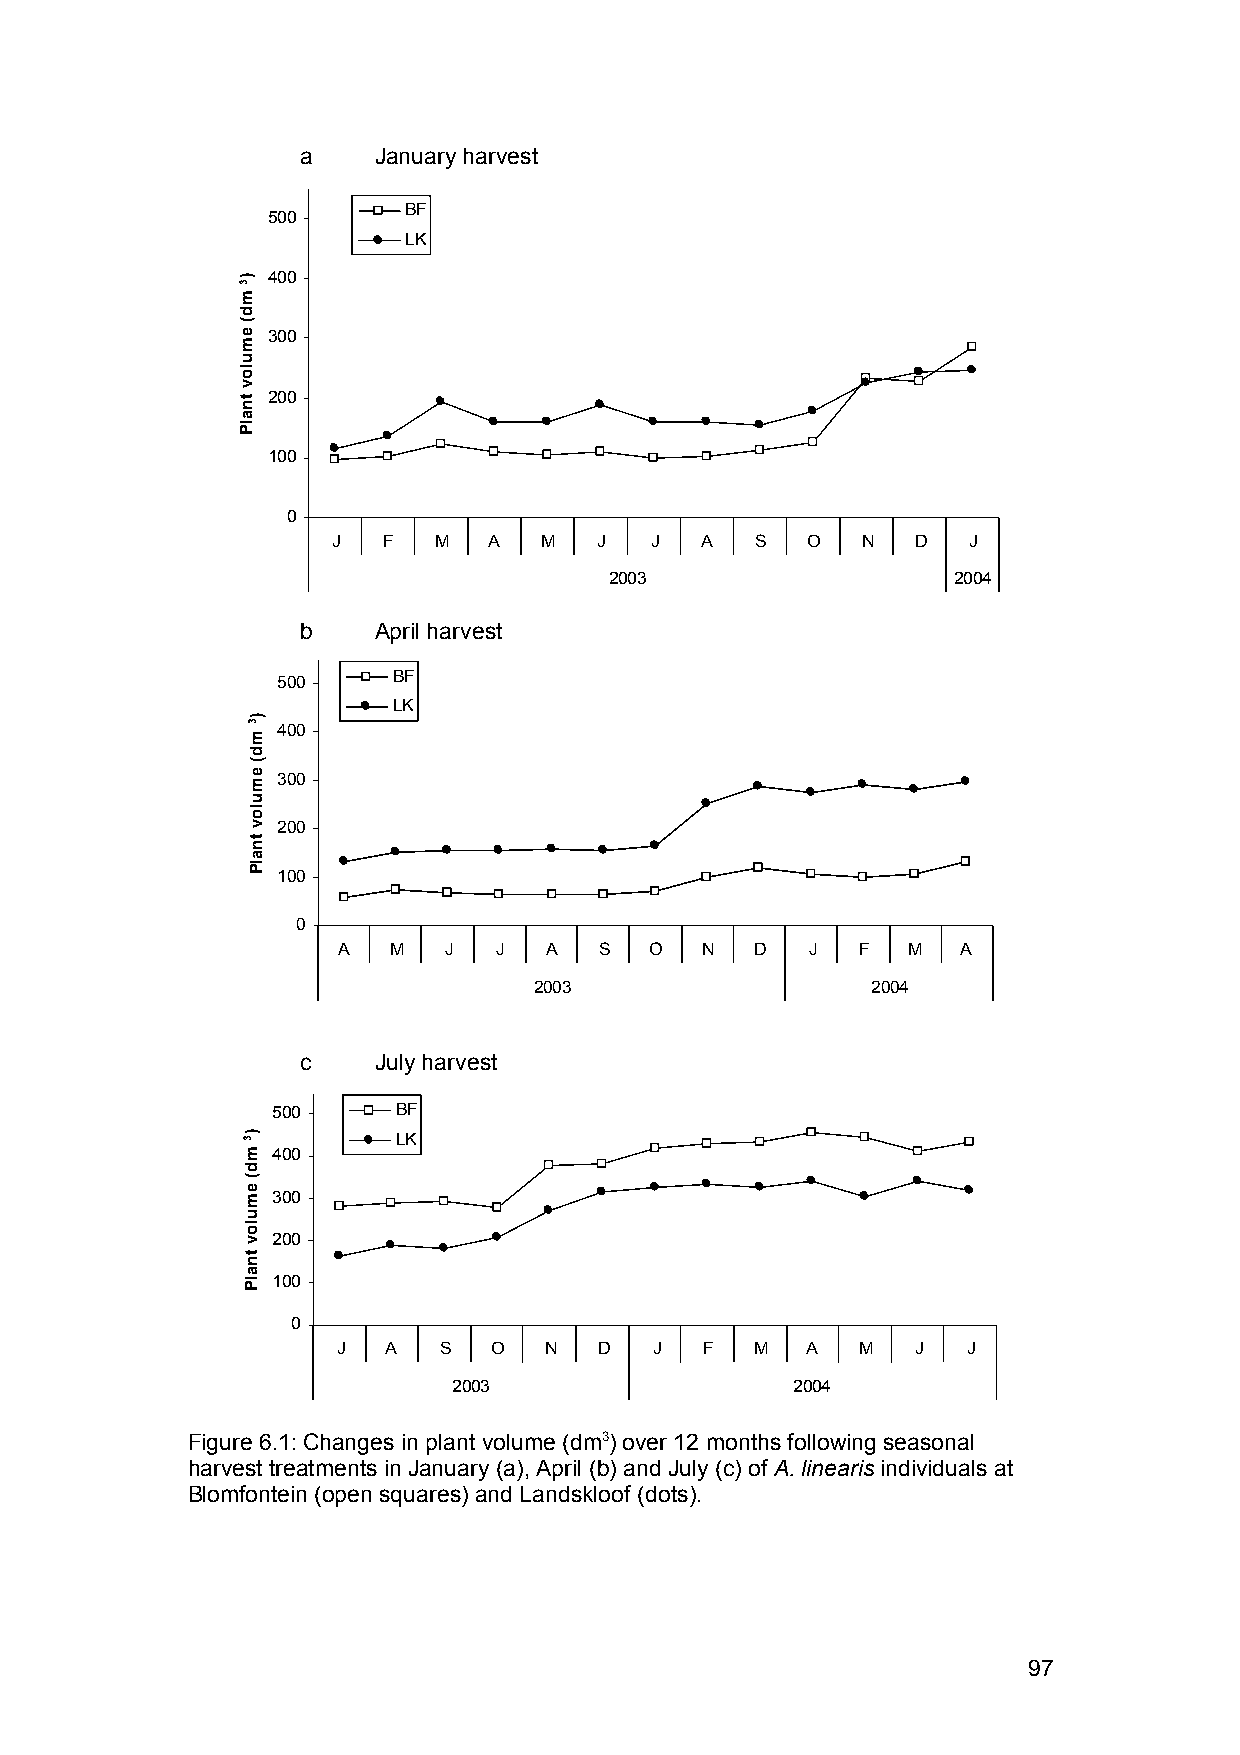
a    January harvest
 BF
 500
 LK
 400
 300
 200
 100
 0
 J  F   M  A   M   J  J  A   S  O   N   D  J
 2003                   2004
 b    April harvest
 500     BF
 LK
 400
 300
 200
 100
 0
 A   M  J   J  A   S  O  N   D   J  F  M   A
 2003                   2004
 c    July harvest
 500     BF
 LK
 400
 300
 200
 100
 0
 J  A   S   O  N   D  J  F   M  A   M   J  J
 2003                  2004
 Figure 6.1: Changes in plant volume (dm3) over 12 months following seasonal
 harvest treatments in January (a), April (b) and July (c) of A. linearis individuals at
 Blomfontein (open squares) and Landskloof (dots).
 97
 )3md(
 emulov
 tnalP
 )3md(
 emulov
 tnalP
 )3md(
 emulov
 tnalP